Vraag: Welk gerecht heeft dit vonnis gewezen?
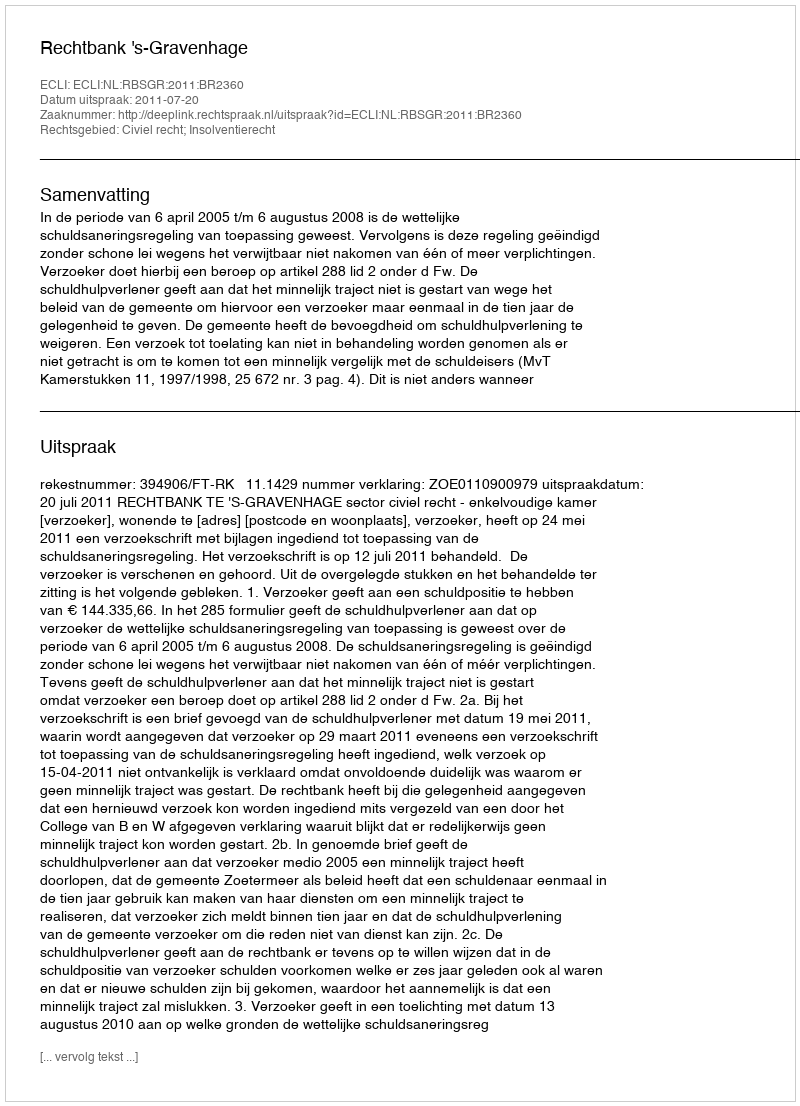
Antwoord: Rechtbank 's-Gravenhage